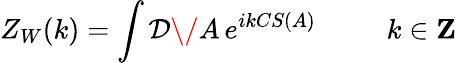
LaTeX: Z_{W}(k)=\int{\cal D\/ }A\, e^{ikCS(A)}\; \; \; \; \; \; \; \; \; k\in{\mathbf Z}